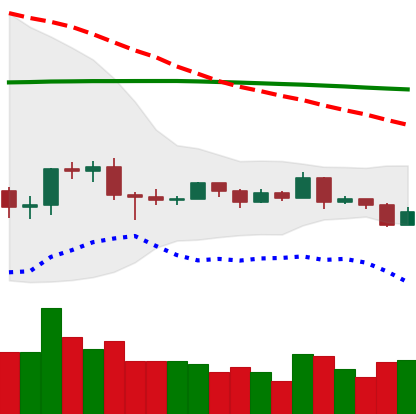
Ticker: EOS-USD
Chart end date: 2019-08-10
Forward return: -10.69%
Label: down_7plus